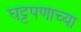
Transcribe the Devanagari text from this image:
घट्टपणाच्या